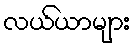
လယ်ယာများ